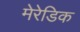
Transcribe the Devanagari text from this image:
मेरेडिक